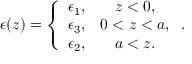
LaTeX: \epsilon ( z ) = \left\{ \begin{array} { c c } { { \epsilon _ { 1 } , } } & { { z < 0 , } } \\ { { \epsilon _ { 3 } , } } & { { 0 < z < a , } } \\ { { \epsilon _ { 2 } , } } & { { a < z . } } \end{array} \right. .